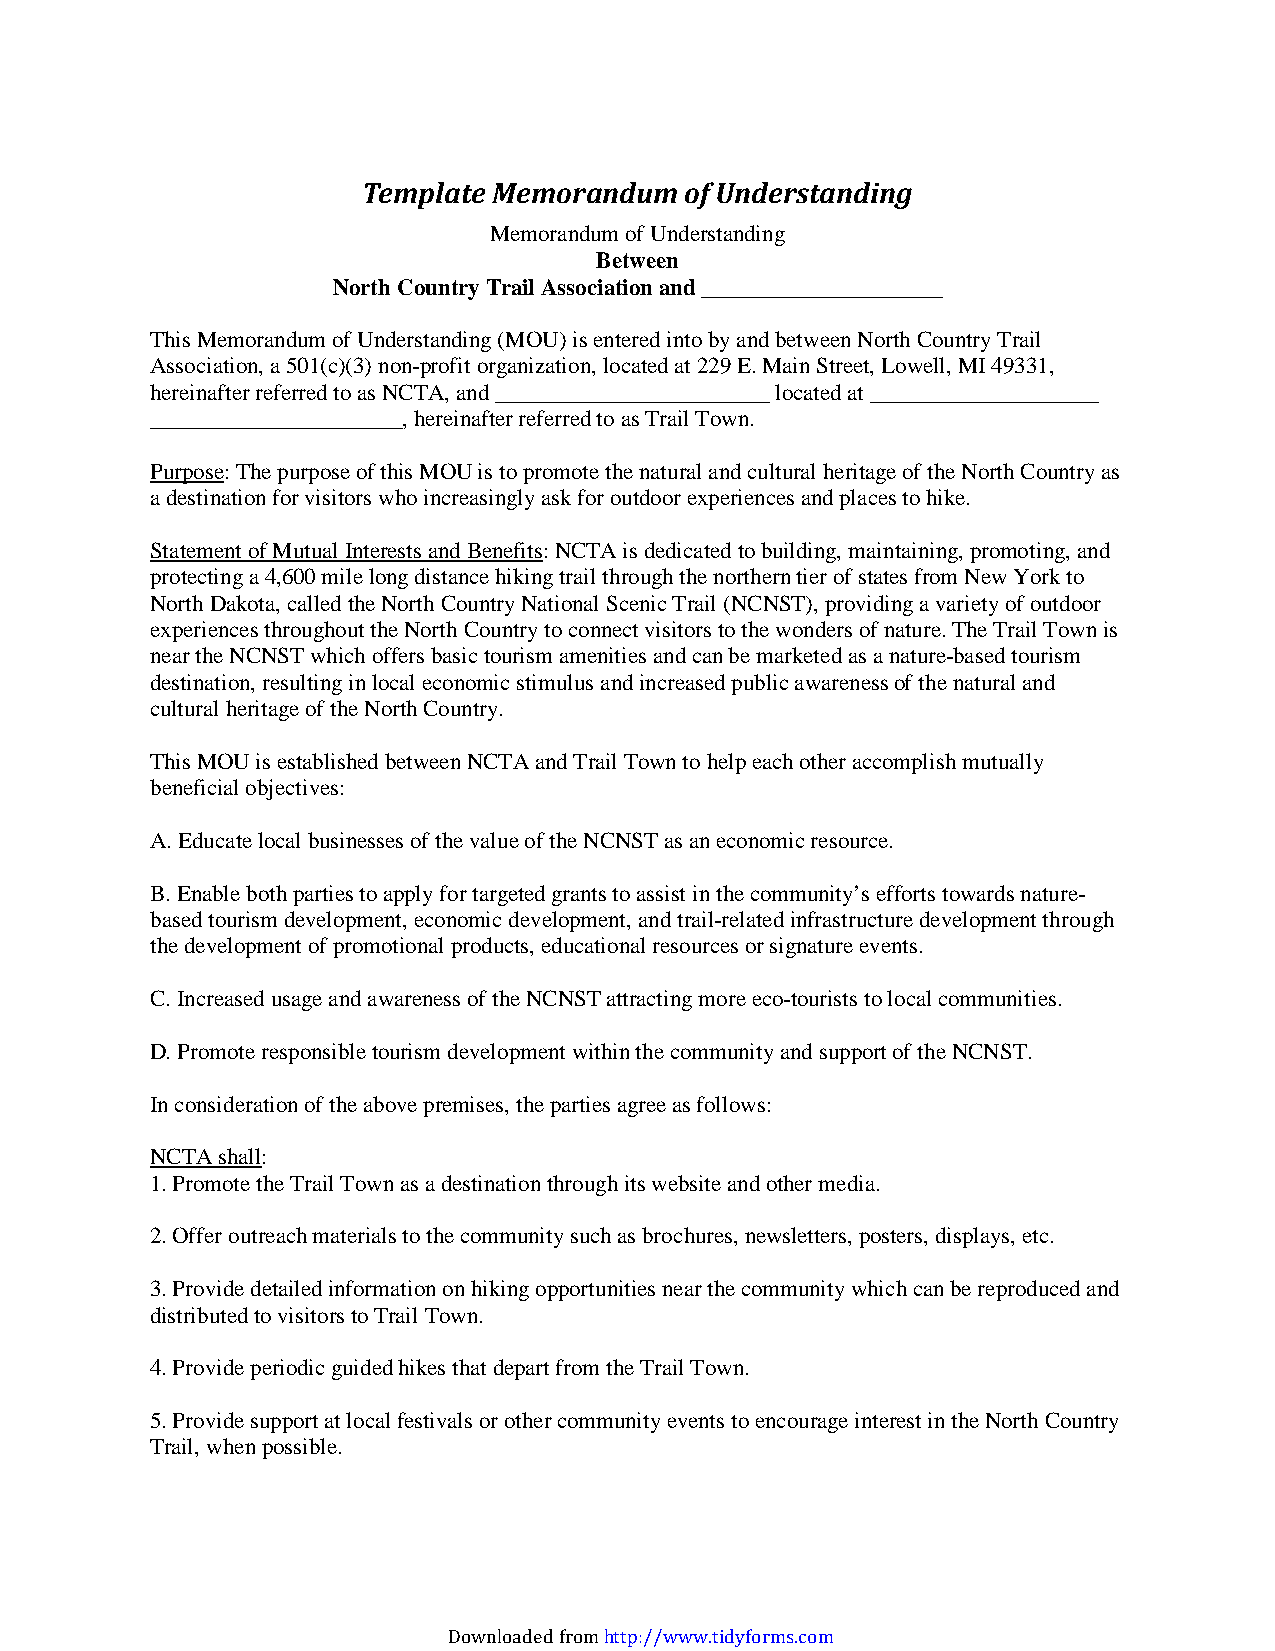
Template Memorandum  of Understanding
 Memorandum of Understanding
 Between
 North Country Trail Association and _____________________
 This Memorandum of Understanding (MOU) is entered into by and between North Country Trail
 Association, a 501(c)(3) non-profit organization, located at 229 E. Main Street, Lowell, MI 49331,
 hereinafter referred to as NCTA, and ________________________ located at ____________________
 ______________________, hereinafter referred to as Trail Town.
 Purpose: The purpose of this MOU is to promote the natural and cultural heritage of the North Country as
 a destination for visitors who increasingly ask for outdoor experiences and places to hike.
 Statement of Mutual Interests and Benefits: NCTA is dedicated to building, maintaining, promoting, and
 protecting a 4,600 mile long distance hiking trail through the northern tier of states from New York to
 North Dakota, called the North Country National Scenic Trail (NCNST), providing a variety of outdoor
 experiences throughout the North Country to connect visitors to the wonders of nature. The Trail Town is
 near the NCNST which offers basic tourism amenities and can be marketed as a nature-based tourism
 destination, resulting in local economic stimulus and increased public awareness of the natural and
 cultural heritage of the North Country.
 This MOU is established between NCTA and Trail Town to help each other accomplish mutually
 beneficial objectives:
 A. Educate local businesses of the value of the NCNST as an economic resource.
 B. Enable both parties to apply for targeted grants to assist in the community’s efforts towards nature-
 based tourism development, economic development, and trail-related infrastructure development through
 the development of promotional products, educational resources or signature events.
 C. Increased usage and awareness of the NCNST attracting more eco-tourists to local communities.
 D. Promote responsible tourism development within the community and support of the NCNST.
 In consideration of the above premises, the parties agree as follows:
 NCTA shall:
 1. Promote the Trail Town as a destination through its website and other media.
 2. Offer outreach materials to the community such as brochures, newsletters, posters, displays, etc.
 3. Provide detailed information on hiking opportunities near the community which can be reproduced and
 distributed to visitors to Trail Town.
 4. Provide periodic guided hikes that depart from the Trail Town.
 5. Provide support at local festivals or other community events to encourage interest in the North Country
 Trail, when possible.
 Downloaded from http://www.tidyforms.com